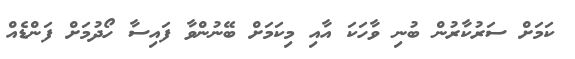
ކަމަށް ސަރުކާރުން ބުނި ވާހަކަ އާއި މިކަމަށް ބޭނުންވާ ފައިސާ ހޯދުމަށް ފަންޑެއް